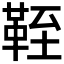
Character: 𩊞